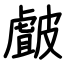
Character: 皻